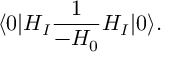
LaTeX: \langle 0 | H _ { I } { \frac { 1 } { - H _ { 0 } } } H _ { I } | 0 \rangle .